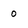
Character: 0